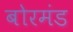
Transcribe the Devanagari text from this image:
बोरमंड